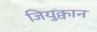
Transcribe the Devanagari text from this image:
जियुक्वान